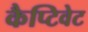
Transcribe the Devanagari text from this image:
कैप्टिवेट